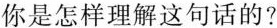
你是怎样理解这句话的?